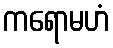
ကရောမဟံ